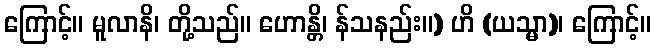
ကြောင့်။ မူလာနိ၊ တို့သည်။ ဟောန္တိ၊ န်သနည်း။) ဟိ (ယသ္မာ)၊ ကြောင့်။